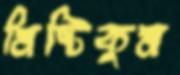
মিষ্টিকুম